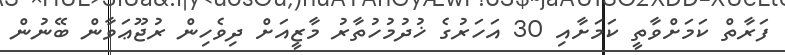
ފަރާތް ކަމަށްވާތީ ކަމަށާއި 30 އަހަރުގެ ޚުދުމުހުތާރު މާޒީއަށް ދިވެހިން ރުޖޫޢަވާން ބޭނުން